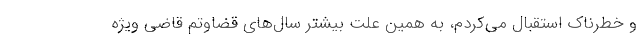
و خطرناک استقبال می‌کردم، به همین علت بیشتر سال‌های قضاوتم قاضی ویژه